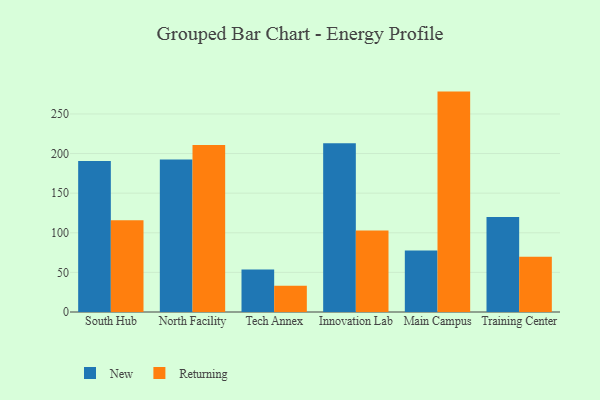
{"axis": {"x": "Campus", "y": "Inventory Turnover"}, "legend": ["New", "Returning"], "data": [{"x": "South Hub", "y": 190.7, "type": "New"}, {"x": "South Hub", "y": 115.7, "type": "Returning"}, {"x": "North Facility", "y": 192.5, "type": "New"}, {"x": "North Facility", "y": 210.9, "type": "Returning"}, {"x": "Tech Annex", "y": 53.6, "type": "New"}, {"x": "Tech Annex", "y": 33.2, "type": "Returning"}, {"x": "Innovation Lab", "y": 213.1, "type": "New"}, {"x": "Innovation Lab", "y": 102.9, "type": "Returning"}, {"x": "Main Campus", "y": 77.6, "type": "New"}, {"x": "Main Campus", "y": 278.2, "type": "Returning"}, {"x": "Training Center", "y": 119.9, "type": "New"}, {"x": "Training Center", "y": 69.6, "type": "Returning"}]}